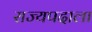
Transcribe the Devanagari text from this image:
राज्यपदाला